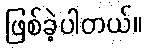
ဖြစ်ခဲ့ပါတယ်။